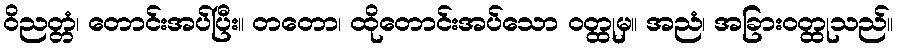
ဝိညတ္တံ၊ တောင်းအပ်ပြီး။ တတော၊ ထိုတောင်းအပ်သော ဝတ္ထုမှ။ အညံ၊ အခြားဝတ္ထုသည်။